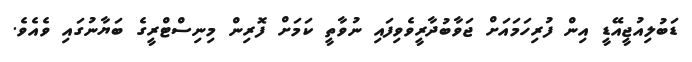
ޑަބުލިއުޖީއޭޑީ އިން ފުރިހަމައަށް ޖަވާބުދާރީވެވިފައި ނުވާތީ ކަމަށް ފޮރިން މިނިސްޓްރީގެ ބަޔާނުގައި ވެއެވެ.